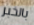
بالخبر